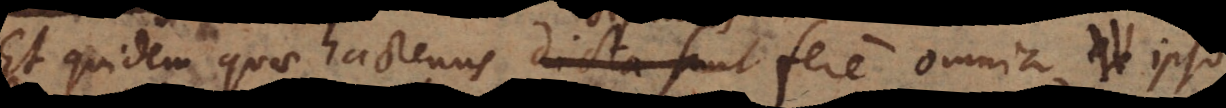
Et quidem quae hactenus diximus fere omnia ex